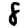
Digit: 8